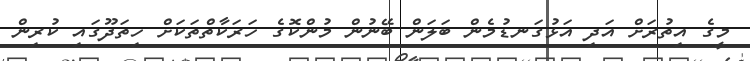
މީގެ އިތުރަށް އަދި އަޅުގަނޑުމެން ބަލަން ބޭނުން މުންކޮގެ ހަރަކާތްތަކަށް ހިތަދޫގައި ކުރިން